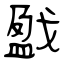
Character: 戤